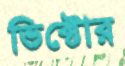
ভিক্টোর